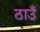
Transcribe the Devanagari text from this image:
ठाउँ